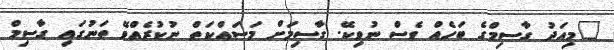
"މިއަދު ގާސިމްގެ ބަހެއް ވެސް ނުވިކޭ. ގާސިމަށް މަސައްކަތް ނުކުރެއްވޭ ތަނުގައި ގާސިމް